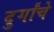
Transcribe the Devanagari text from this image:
दुर्गांचे